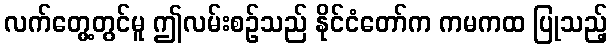
လက်တွေ့တွင်မူ ဤလမ်းစဉ်သည် နိုင်ငံတော်က ကမကထ ပြုသည့်